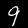
Label: 9